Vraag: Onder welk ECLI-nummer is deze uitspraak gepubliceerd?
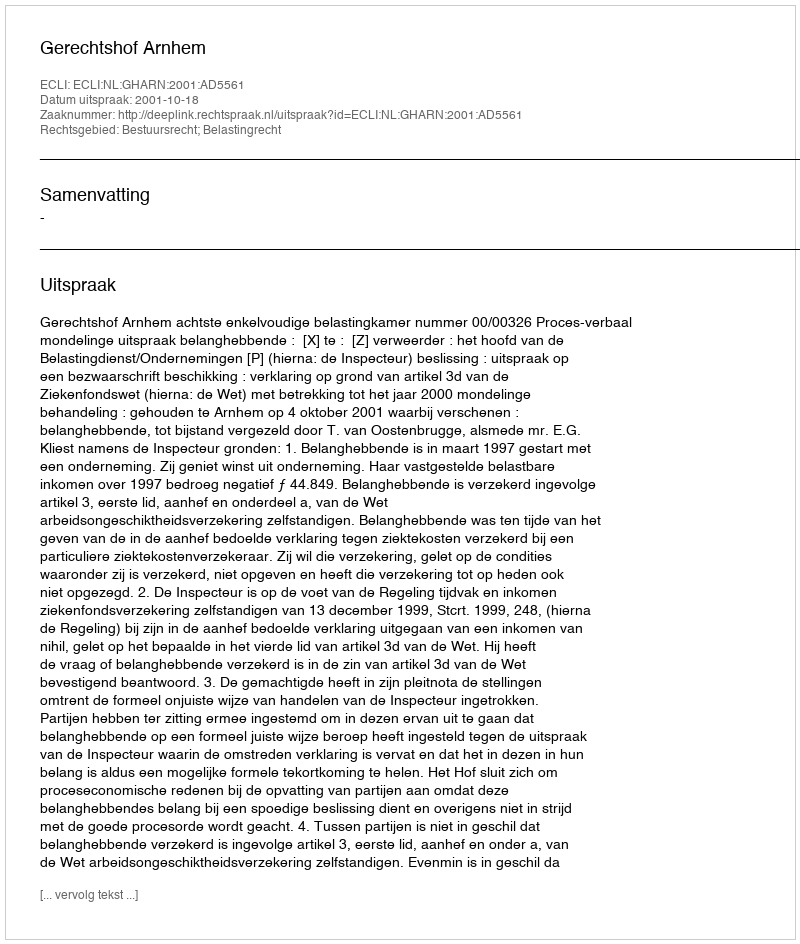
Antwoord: ECLI:NL:GHARN:2001:AD5561